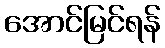
အောင်မြင်ရန်